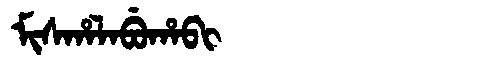
Manchu: ᠮᡳᠰᡥᠠᠯᠠᠪᡠᡥᠠᠪᡳ
Romanization: MISHALABUHABI